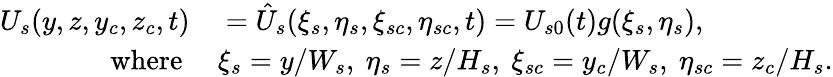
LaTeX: \begin{array}{rl}{U_{s}(y,z,y_{c},z_{c},t)}&{{}=\hat{U}_{s}(\xi_{s},\eta_{s},\xi_{sc},\eta_{sc},t)=U_{s0}(t)g(\xi_{s},\eta_{s}),}\\ {\mathrm{~~~where~}}&{{}\xi_{s}=y/W_{s},~\eta_{s}=z/H_{s},~\xi_{sc}=y_{c}/W_{s},~\eta_{sc}=z_{c}/H_{s}.}\end{array}